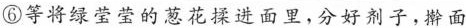
⑥等将绿莹莹的葱花揉进面里，分好剂子，擀面